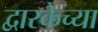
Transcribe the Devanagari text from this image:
द्वारकेच्या